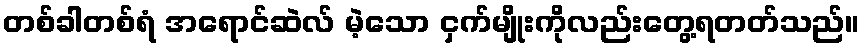
တစ်ခါတစ်ရံ အရောင်ဆဲလ် မဲ့သော ငှက်မျိုးကိုလည်းတွေ့ရတတ်သည်။